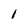
Character: l